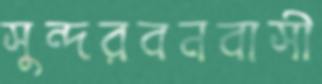
সুন্দরবনবাসী